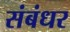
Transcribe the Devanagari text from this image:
संबंधर